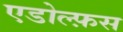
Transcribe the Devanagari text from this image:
एडोल्फ़स